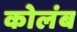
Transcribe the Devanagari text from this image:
कोलंब